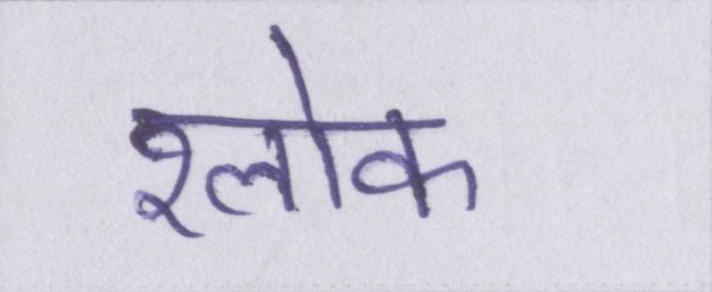
श्लोक